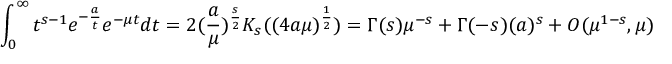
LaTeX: \int _ { 0 } ^ { \infty } t ^ { s - 1 } e ^ { - { \frac { a } { t } } } e ^ { - \mu t } d t = 2 ( { \frac { a } { \mu } } ) ^ { \frac { s } { 2 } } K _ { s } ( ( 4 a \mu ) ^ { \frac { 1 } { 2 } } ) = \Gamma ( s ) \mu ^ { - s } + \Gamma ( - s ) ( { a } ) ^ { s } + { \cal O } ( \mu ^ { 1 - s } , \mu )